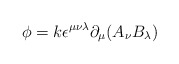
\begin{align*}\phi= k\epsilon^{\mu\nu\lambda}\partial _\mu (A _\nu B _\lambda )\end{align*}